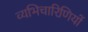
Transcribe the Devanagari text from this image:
व्यभिचारिणियों